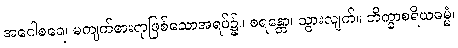
အဂေါစရေ၊ မကျက်စားရာဖြစ်သောအရပ်၌။ စရန္တော၊ သွားလျက်။ ဘိက္ခာစရိယဓမ္မံ၊